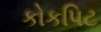
કોકપિટ